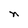
Character: n